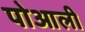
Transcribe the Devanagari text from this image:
पोआली